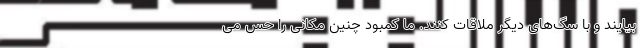
بیایند و با سگ‌های دیگر ملاقات کنند. ما کمبود چنین مکانی را حس می